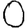
Digit: 0